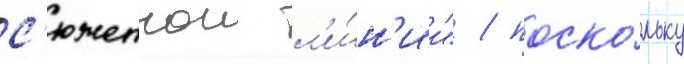
с'южетнои л'и́н'ии" / поско́льку